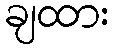
ချထား